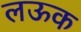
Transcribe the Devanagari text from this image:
लऊक